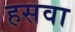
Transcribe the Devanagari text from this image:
हसवा